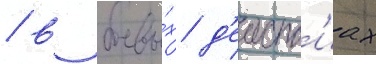
/ в боевы́х д'еиств'иах